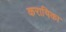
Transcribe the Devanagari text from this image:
करायिका